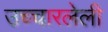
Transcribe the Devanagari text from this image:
उच्चारलेली